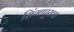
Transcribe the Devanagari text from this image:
सिंगापूराचा